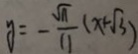
y = - \frac { \sqrt { 1 1 } } { 1 1 } ( x + \sqrt { 3 } )